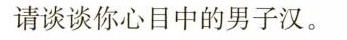
请谈谈你心目中的男子汉。